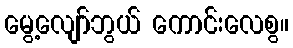
မွေ့လျော်ဘွယ် ကောင်းလေစွ။